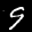
Label: 9